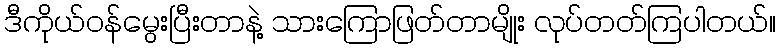
ဒီကိုယ်ဝန်မွေးပြီးတာနဲ့ သားကြောဖြတ်တာမျိုး လုပ်တတ်ကြပါတယ်။